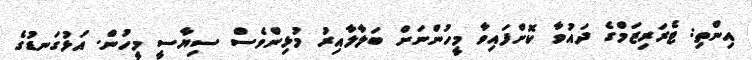
އިންތި: ޓެރަރިޒަމްގެ ދައުވާ ކޮށްފައިވާ މީހުންނަށް ބަލާލާއިރު މުޅިންވެސް ސިޔާސީ މީހުން. އަޅުގަނޑުގެ